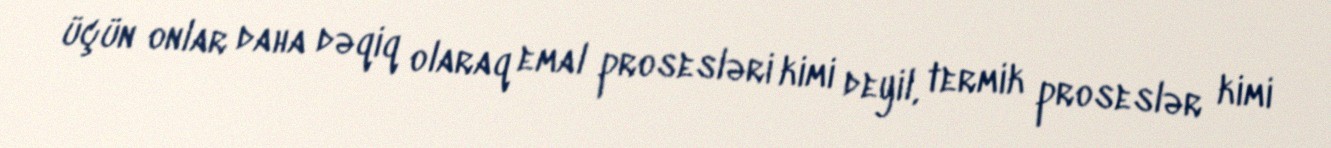
üçün onlar daha dəqiq olaraq emal prosesləri kimi deyil, termik proseslər kimi